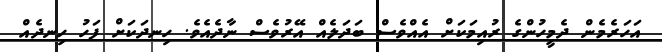
އަހަރެމެން ދެމީހުންގެ ރުއިމަކަށް އެއްވެސް ބަދަލެއް އޭރުވެސް ނާދެއެވެ. ހިނދަކަށް ފަހު ހިނދެއް